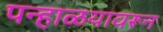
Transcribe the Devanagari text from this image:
पन्हाळयावरून